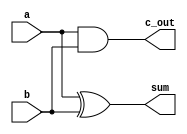
module half_adder(
    output sum,
    output c_out,   // carry out
    input a,
    input b);

xor(sum, a, b);
and(c_out, a, b);

endmodule